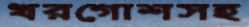
খরগোশসহ